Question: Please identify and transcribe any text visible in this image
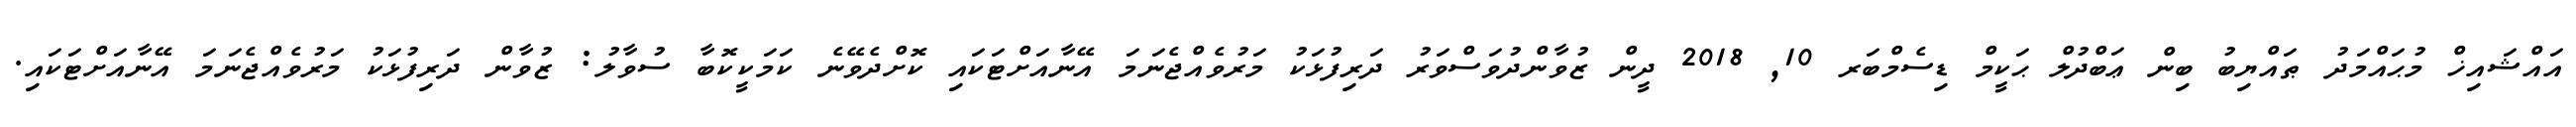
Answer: އައްޝައިޚް މުޙައްމަދު ޠައްޔިބު ބިން ޢަބްދުލް ޙަކީމް ޑިސެމްބަރ 10, 2018 ދީން ޒުވާންދުވަސްވަރު ދަރިފުޅަކު މަރުވެއްޖެނަމަ އޭނާއަށްޓަކައި ކޮށްދެވޭނެ ކަމަކީކޮބާ ސުވާލު: ޒުވާން ދަރިފުޅަކު މަރުވެއްޖެނަމަ އޭނާއަށްޓަކައި.